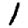
Digit: 1